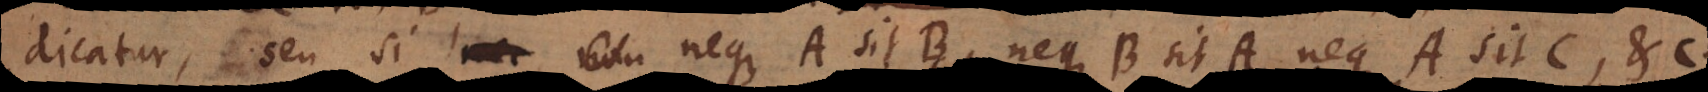
dicatur, seu si nec non neque A sit B, neque B sit A, neque A sit C, etc.